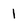
Character: 1